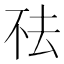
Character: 𬻛